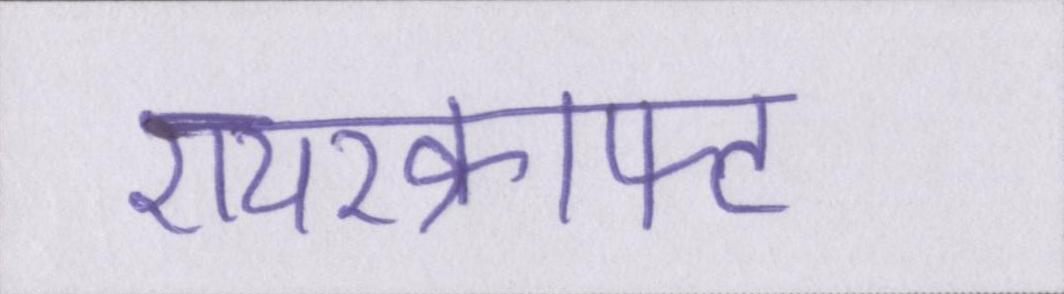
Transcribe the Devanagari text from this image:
एयरक्राफ्ट